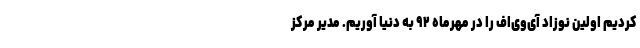
کردیم اولین نوزاد آی‌وی‌اف را در مهرماه ۹۲ به دنیا آوریم. مدیر مرکز